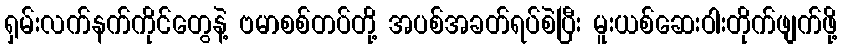
ရှမ်းလက်နက်ကိုင်တွေနဲ့ ဗမာစစ်တပ်တို့ အပစ်အခတ်ရပ်စဲပြီး မူးယစ်ဆေးဝါးတိုက်ဖျက်ဖို့